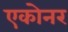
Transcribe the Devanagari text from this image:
एकोनर